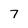
Character: 7